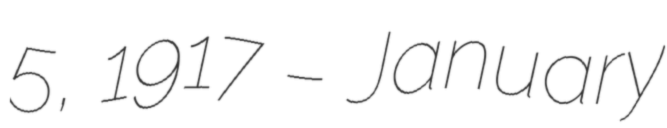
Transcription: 5, 1917 – January